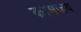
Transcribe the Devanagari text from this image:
कामजय